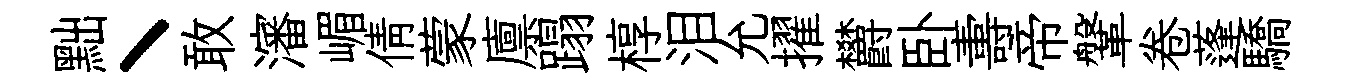
黜丶敢瀋嵋倩蒙廪蹋椁泪允擢欝卧夀帝鞶卷蓬驕